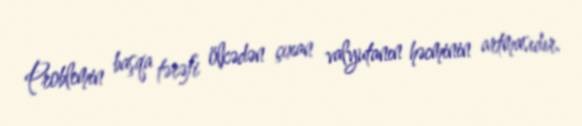
Problemin başqa tərəfi ölkədən çıxan valyutanın həcminin artmasıdır.